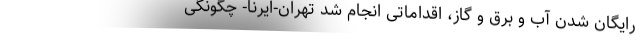
رایگان شدن آب و برق و گاز، اقداماتی انجام شد تهران-ایرنا- چگونگی